Reports on dispensaries and lunatic asylums in the Province of Oudh - 1869-1876
Year: 1869
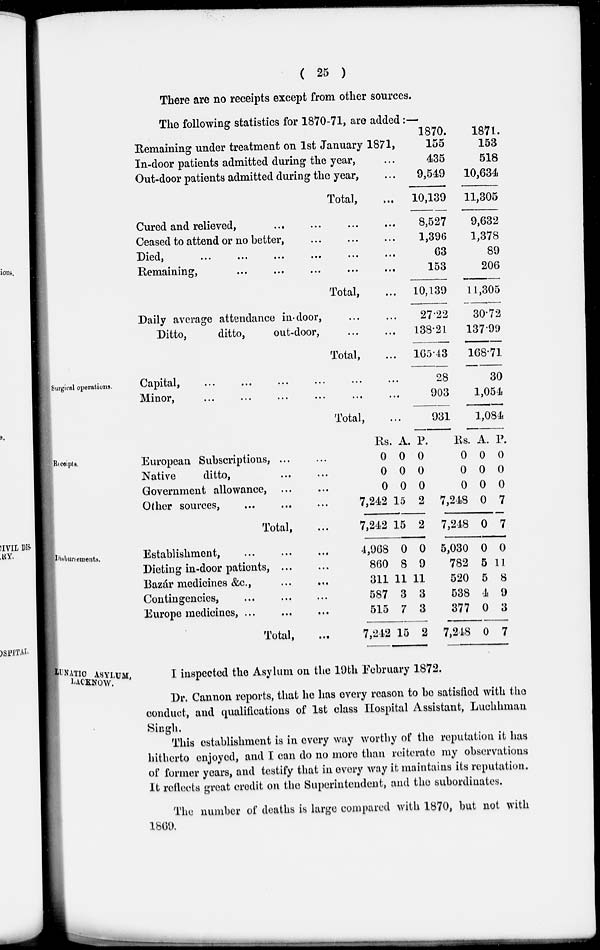
( 25 )
There are no receipts except from other sources.
The following statistics for 1870-71, are added:—
Remaining under treatment on 1st January 1871,
In-door patients admitted during the year, ...
Out-door patients admitted during the year, ...
Total, ...
Cured and relieved, ... ... ... ...
Ceased to attend or no better, ... ... ...
Died, ... ... ... ... ... ...
Remaining, ... ... ... ... ...
Total, ...
Daily average attendance in-door, ... ...
Ditto,
ditto,
out-door, ... ...
Total, ...
1870.
155
435
9,549
10,139
8,527
1,396
63
153
10,139
27.22
138.21
165.43
1871.
153
518
10,634
11,305
9,632
1,378
89
206
11,305
30.72
137.99
168.71
Surgical operations.
Capital, ... ... ... ... ...
Minor, ... ... ... ... ...
Total, ...
28
903
931
30
1,054
1,084
Receipts.
European Subscriptions, ... ...
Native
ditto, ... ...
Government allowance, ... ...
Other sources,
...
...
...
Total, ...
Rs.
0
0
0
7,242
7,242
A.
0
0
0
15
15
P.
0
0
0
2
2
Rs.
0
0
0
7,248
7,248
A.
0
0
0
0
0
P.
0
0
0
7
7
Disbursements.
Establishment, ... ... ...
Dieting in-door patients,
...
...
Bazár medicines &c., ... ...
Contingencies, ... ... ...
Europe medicines, ... ... ...
Total, ...
4,968
860
311
587
515
7,212
0
8
11
3
7
15
0
9
11
3
3
2
5,030
782
520
538
377
7,248
0
5
5
4
0
0
0
11
8
9
3
7
LUNATIC ASYLUM,
LACKNOW.
I inspected the Asylum on the 19th February 1872.
Dr. Cannon reports, that he has every reason to be satisfied with the
conduct, and qualifications of 1st class Hospital Assistant, Luchhman
Singh.
This establishment is in every way worthy of the reputation it has
hitherto enjoyed, and I can do no more than reiterate my observations
of former years, and testify that in every way it maintains its reputation.
It reflects great credit on the Superintendent, and the subordinates.
The number of deaths is large compared with 1870, but not with
1869.